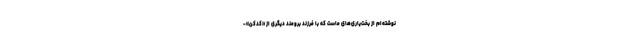
نوشته‌ام از بخت‌یاری‌های ماست که با فرزند برومند دیگری از «کدکن»-